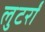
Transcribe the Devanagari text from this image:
लुटर्रों